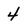
Character: 4